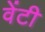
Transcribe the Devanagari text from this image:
वेंटी